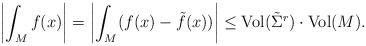
\begin{align*}\left|\int_M f(x)\right|=\left|\int_M (f(x)-\tilde f(x))\right|\leq {\rm Vol}(\tilde\Sigma^r)\cdot {\rm Vol}(M).\end{align*}